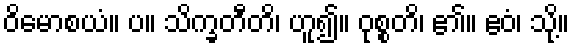
ဝိမောစယံ။ ပ။ သိက္ခတီတိ၊ ဟူ၍။ ဝုစ္စတိ၊ ၏။ ဧဝံ၊ သို့။